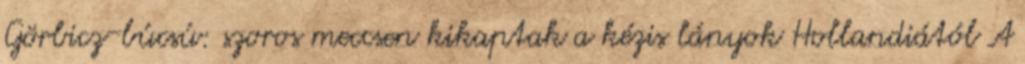
Görbicz-búcsú: szoros meccsen kikaptak a kézis lányok Hollandiától A